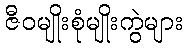
ဇီဝမျိုးစုံမျိုးကွဲများ